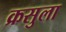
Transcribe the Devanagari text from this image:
क्रसुला